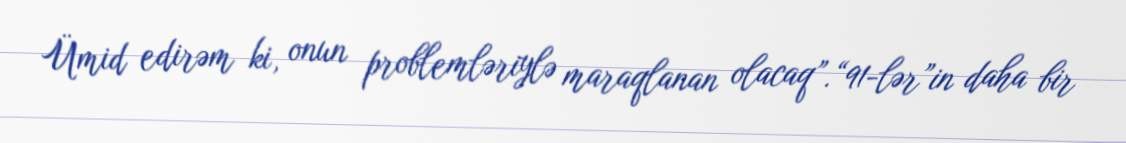
Ümid edirəm ki, onun problemləriylə maraqlanan olacaq”.“91-lər”in daha bir